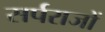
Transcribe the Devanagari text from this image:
सर्पराजों